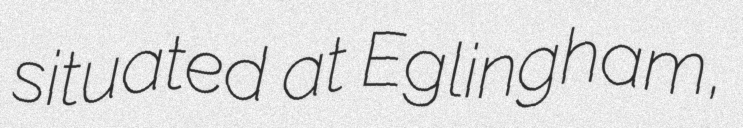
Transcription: situated at Eglingham,